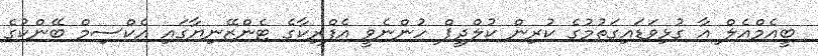
ބީއެމްއެލް އާ ގުޅިވަޑައިގަތުމުގެ ކުރިން ކުލްދީޕް ހުންނެވީ އެފްރިކާގެ ޓެންޒޭނިޔާގައި އެކްސިމް ބޭންކުގެ